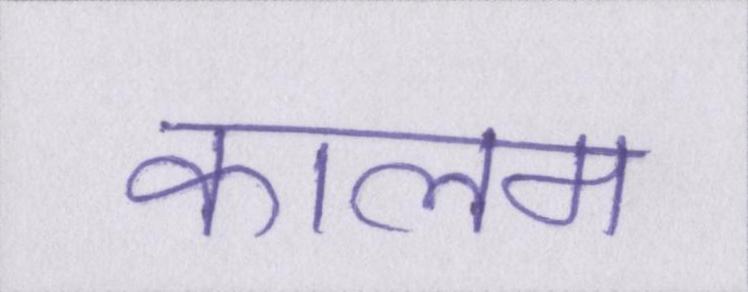
कालम